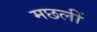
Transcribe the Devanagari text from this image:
मछलीं